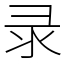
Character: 录